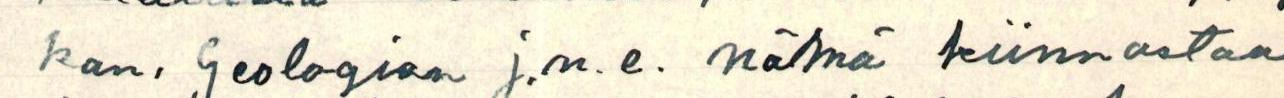
kan, Geologian j.n.e. nämä kiinnostaa